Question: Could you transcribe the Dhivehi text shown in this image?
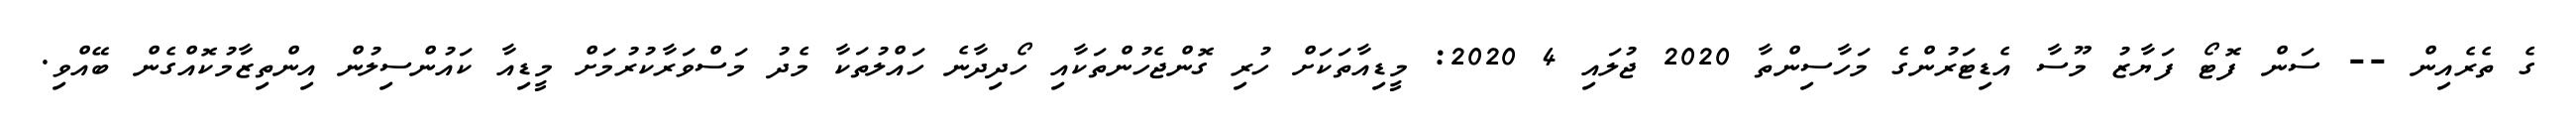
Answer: ގެ ތެރެއިން -- ސަން ފޮޓޯ ފަޔާޒު މޫސާ އެޑިޓަރުންގެ މަހާސިންތާ 2020 ޖުލައި 4 2020: މީޑިއާތަކަށް ހުރި ގޮންޖެހުންތަކާއި ހޯދިދާނެ ހައްލުތަކާ މެދު މަސްވަރާކުރުމަށް މީޑިއާ ކައުންސިލުން އިންތިޒާމުކޮއްގެން ބޭއްވި.